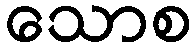
သောစ